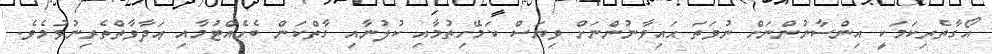
އޯގާތެރިކަމަކީ އިންސާނުންނަށް ނުވަތަ ޙައިވާނުންނަށް ވިޔަސް ކަމޭހިތުމާއި ކުލުނާއި ގާތްކަން ބެހެއްޓުމާއި ޢަދާވާތްތެރިނުވުމެވެ.